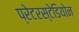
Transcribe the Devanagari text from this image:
प्रेटरस्टेडियोन